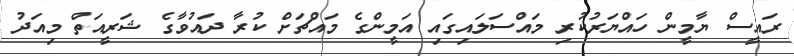
ރައީސް ޔާމީން ހައްޔަރުކުރި މައްސަލައިގައި އަމީންގެ މައްޗަށް ކުރާ ދައުވާގެ ޝަރީއަތް މިއަދު